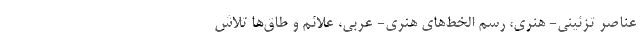
عناصر تزئینی- هنری، رسم الخط‌های هنری- عربی، علائم و طاق‌ها تلاش